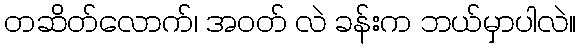
တဆိတ်လောက်၊ အဝတ် လဲ ခန်းက ဘယ်မှာပါလဲ။